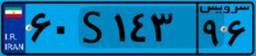
۶۰S۱۴۳۹۶